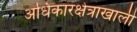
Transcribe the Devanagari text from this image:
अधिकारक्षेत्राखाली